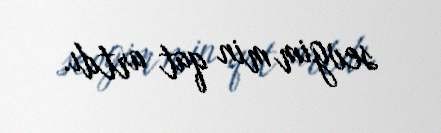
sevgim min qat artdı.